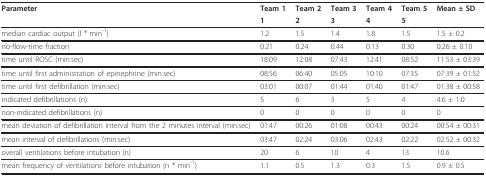
<table><thead><tr><td><b>Parameter</b></td><td><b>Team 1</b></td><td><b>Team 2</b></td><td><b>Team 3</b></td><td><b>Team 4</b></td><td><b>Team 5</b></td><td><b>Mean ± SD</b></td></tr><tr><td></td><td><b>1</b></td><td><b>2</b></td><td><b>3</b></td><td><b>4</b></td><td><b>5</b></td><td></td></tr></thead><tbody><tr><td>median cardiac output (l * min<sup>-1</sup>)</td><td>1.2</td><td>1.5</td><td>1.4</td><td>1.8</td><td>1.5</td><td>1.5 ± 0.2</td></tr><tr><td>no-flow-time fraction</td><td>0.21</td><td>0.24</td><td>0.44</td><td>0.13</td><td>0.30</td><td>0.26 ± 0.10</td></tr><tr><td>time until ROSC (min:sec)</td><td>18:09</td><td>12:08</td><td>07:43</td><td>12:41</td><td>08:52</td><td>11:53 ± 03:39</td></tr><tr><td>time until first administration of epinephrine (min:sec)</td><td>08:56</td><td>06:40</td><td>05:05</td><td>10:10</td><td>07:35</td><td>07:39 ± 01:52</td></tr><tr><td>time until first defibrillation (min:sec)</td><td>03:01</td><td>00:07</td><td>01:44</td><td>01:40</td><td>01:47</td><td>01:38 ± 00:58</td></tr><tr><td>indicated defibrillations (n)</td><td>5</td><td>6</td><td>3</td><td>5</td><td>4</td><td>4.6 ± 1.0</td></tr><tr><td>non-indicated defibrillations (n)</td><td>0</td><td>0</td><td>0</td><td>0</td><td>0</td><td>0</td></tr><tr><td>mean deviation of defibrillation interval from the 2 minutes interval (min:sec)</td><td>01:47</td><td>00:26</td><td>01:08</td><td>00:43</td><td>00:24</td><td>00:54 ± 00:31</td></tr><tr><td>mean interval of defibrillations (min:sec)</td><td>03:47</td><td>02:24</td><td>03:06</td><td>02:43</td><td>02:22</td><td>02:52 ± 00:32</td></tr><tr><td>overall ventilations before intubation (n)</td><td>20</td><td>6</td><td>10</td><td>4</td><td>13</td><td>10.6</td></tr><tr><td>mean frequency of ventilations before intubation (n * min<sup>-1</sup>)</td><td>1.1</td><td>0.5</td><td>1.3</td><td>0.3</td><td>1.5</td><td>0.9 ± 0.5</td></tr></tbody></table>